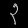
Digit: ၃